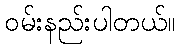
ဝမ်းနည်းပါတယ်။